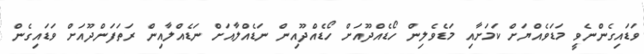
ވަޑައިގެންނެވީ މަޑަވެއްޔަށް ކަމަށާއި މަޑެވެލިން ހޯޑެއްދޫއަށް ހޯޑެއްދޫއިން ނަޑެއްލާއަށް ނަޑެއްލާއިން ރަތަފަންދޫއަށް ވަޑައިގެން